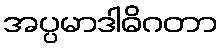
အပ္ပမာဒါဓိဂတာ